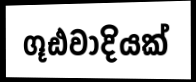
ගූඪවාදියක්